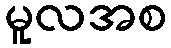
မူလအစ